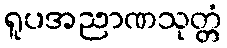
ရူပအညာဏသုတ္တံ